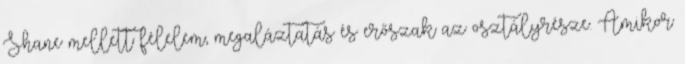
Shane mellett félelem, megaláztatás és erőszak az osztályrésze. Amikor